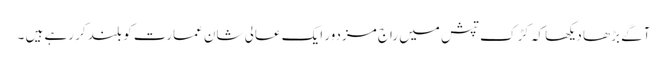
آگے بڑھا دیکھا کہ کڑک تپش میں راج مزدور ایک عالی شان عمارت کو بلند کر رہے ہیں ۔